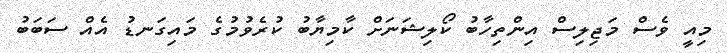
މިއީ ވެސް މަޖިލިސް އިންތިހާބު ކޯލިޝަނަށް ކާމިޔާބު ކުރެވުމުގެ މައިގަނޑު އެއް ސަބަބު